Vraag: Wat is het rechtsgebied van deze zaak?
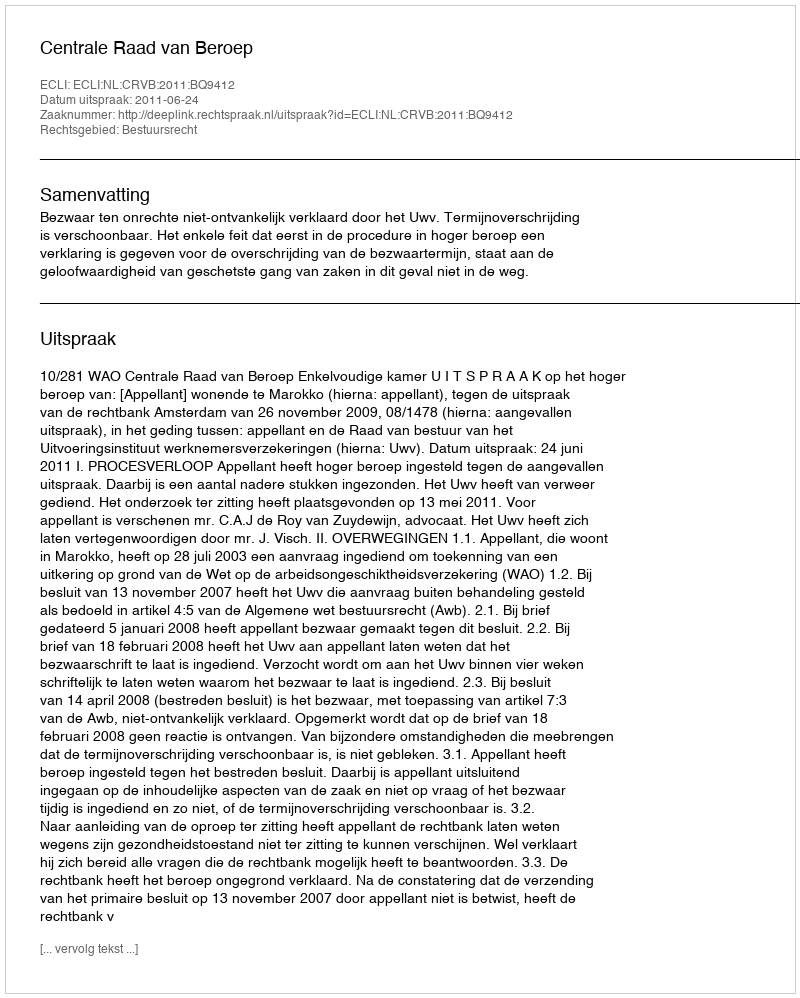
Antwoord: Bestuursrecht